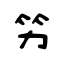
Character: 竻